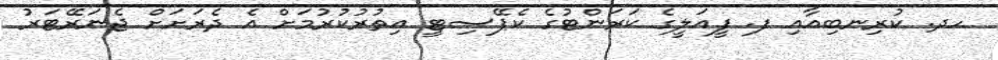
ހދ. ކުރިނބިއާއި ފ. ފީއަލީގެ ކަރަންޓުގެ ކެޕޭސިޓީ އިތުރުކުރުމަށް އެ ދެރަށަށް ޖެނަރޭޓަރު